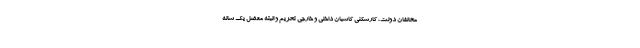
مخالفان دولت، کارشکنی کاسبان داخلی و خارجی تحریم و البته معضل یک ساله